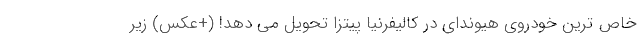
خاص ترین خودروی هیوندای در کالیفرنیا پیتزا تحویل می دهد! (+عکس) زیر